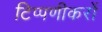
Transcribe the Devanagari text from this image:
टिप्पणीकरों